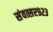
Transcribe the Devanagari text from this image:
संवत्सर९२३